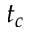
t _ { c }